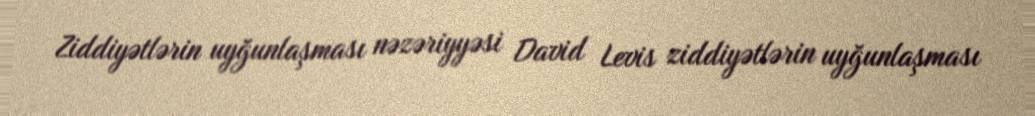
Ziddiyətlərin uyğunlaşması nəzəriyyəsi David Levis ziddiyətlərin uyğunlaşması